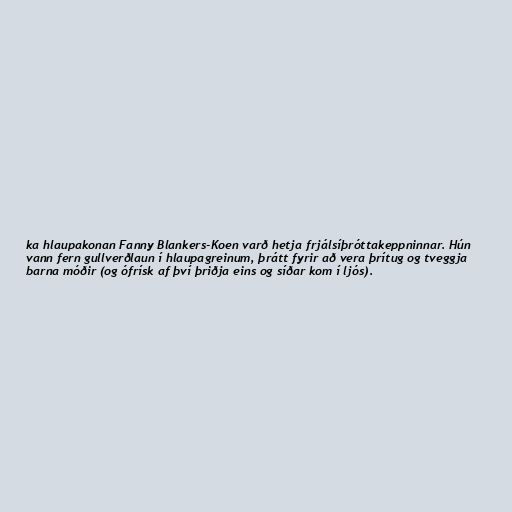
ka hlaupakonan Fanny Blankers-Koen varð hetja frjálsíþróttakeppninnar. Hún
vann fern gullverðlaun í hlaupagreinum, þrátt fyrir að vera þrítug og tveggja
barna móðir (og ófrísk af því þriðja eins og síðar kom í ljós).